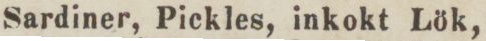
Sardiner, Pickles, inkokt Lök,